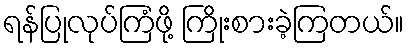
ရန်ပြုလုပ်ကြံဖို့ ကြိုးစားခဲ့ကြတယ်။